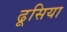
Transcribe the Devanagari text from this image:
ढूसिया